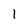
Character: 1